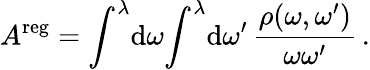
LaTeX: A^{\mathrm{reg}}=\int^{\lambda}\! \mathrm{d}\omega\! \int^{\lambda}\! \mathrm{d}\omega^{\prime}\, \frac{\rho(\omega,\omega^{\prime})}{\omega\omega^{\prime}}\, .